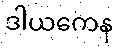
ဒါယကေန